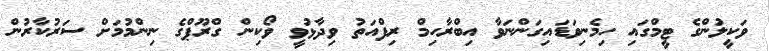
ވަކީލުންގެ ޓީމްގައި ހިމެނިވަޑައިގަންނަވާ އިބްރާހިމް ރިފްއަތު ވިދާޅުވީ ވޯކިން ގްރޫޕްގެ ނިންމުމަށް ސަރުކާރުން